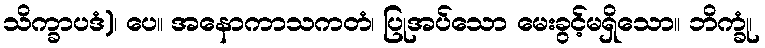
သိက္ခာပဒံ)၊ ပေ။ အနောကာသကတံ၊ ပြုအပ်သော မေးခွင့်မရှိသော။ ဘိက္ခုံ၊